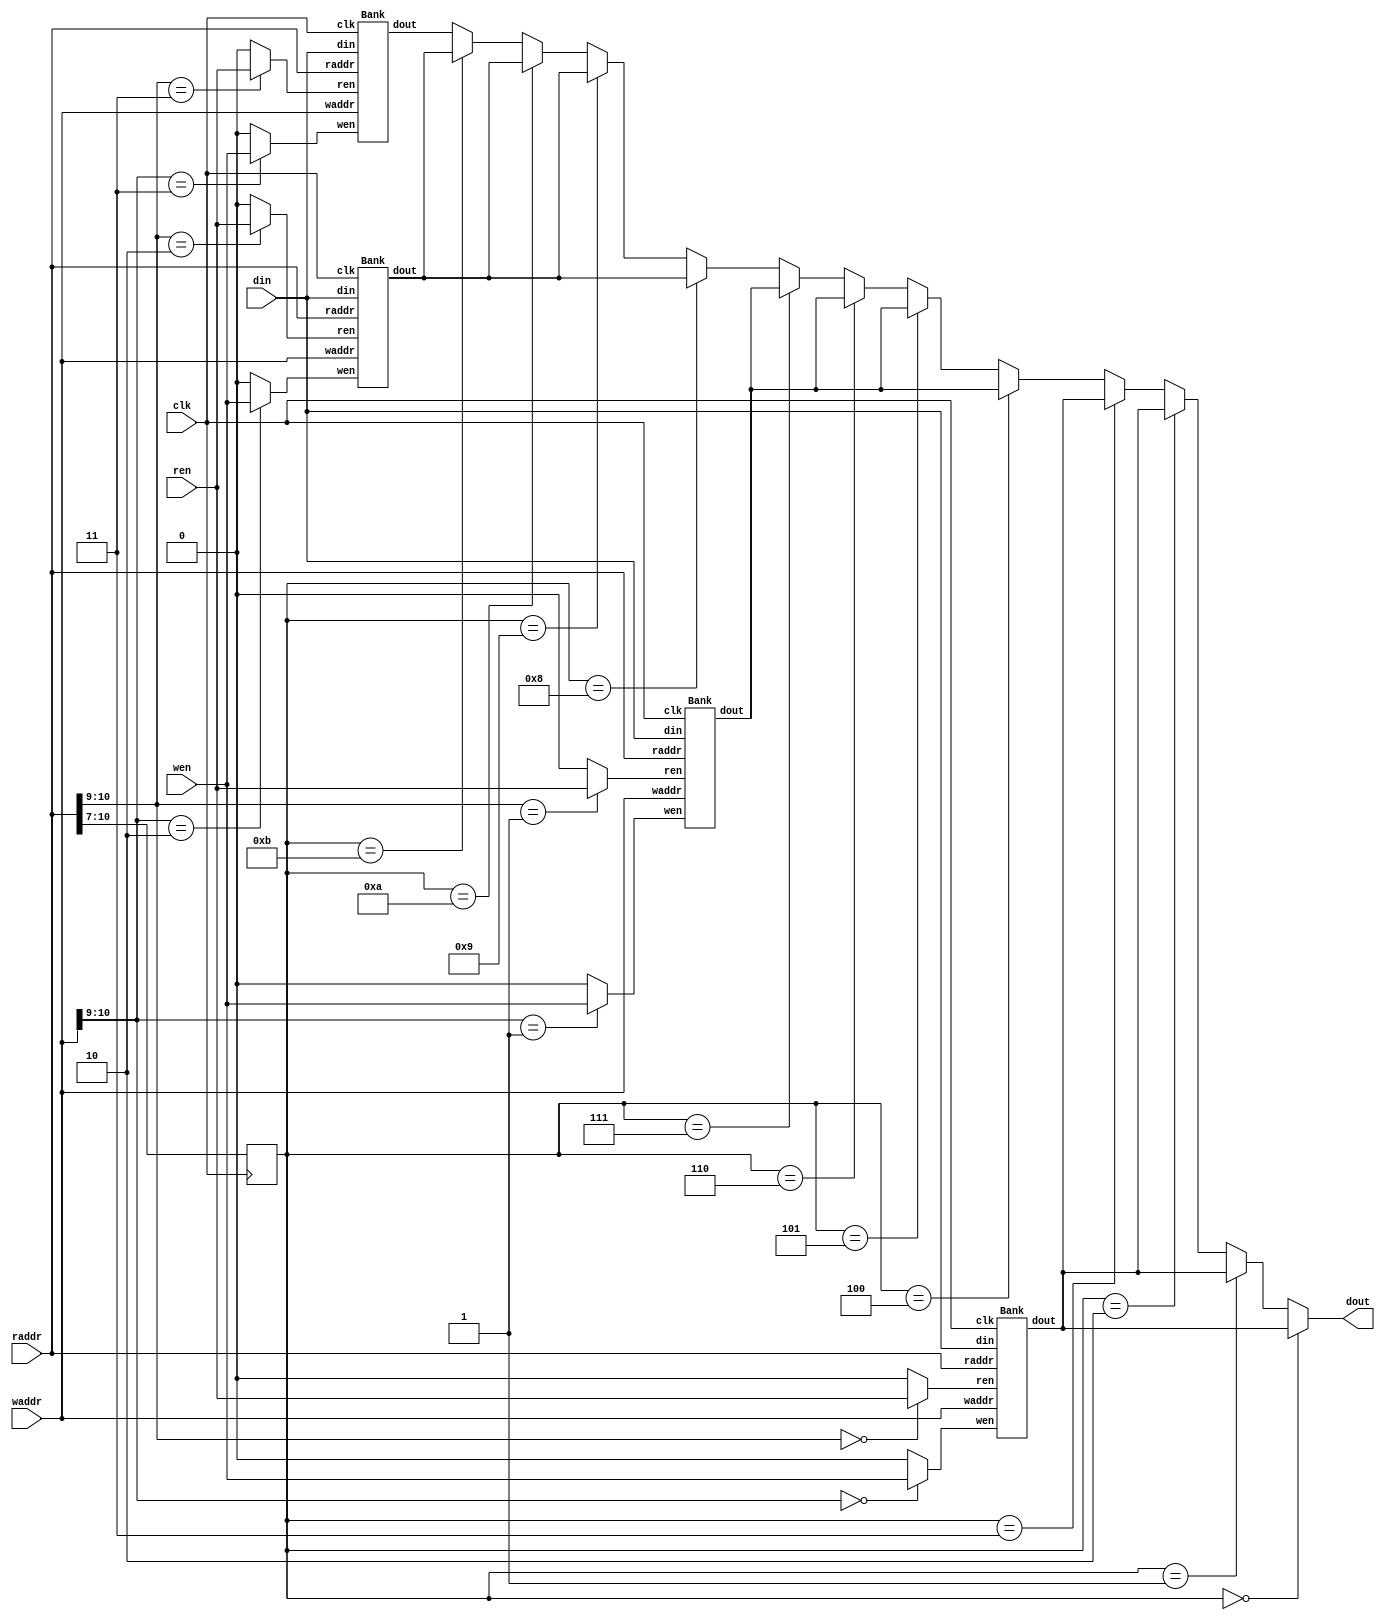
`timescale 1ns/1ps

module Multi_Bank_Memory (clk, ren, wen, waddr, raddr, din, dout);
input clk;
input ren, wen;
input [10:0] waddr;
input [10:0] raddr;
input [7:0] din;
output [7:0] dout;
//
reg [3:0] rbaddr;
wire [6:0] wback;
wire [6:0] rback;
assign wback = waddr[6:0];
assign rback = raddr[6:0];
wire [6:0] addr[15:0];
wire [7:0] doutt0;wire [7:0] doutt1;wire [7:0] doutt2;wire [7:0] doutt3;
wire [3:0] r;
wire [3:0] w;
//alwaysv rbaddr
Bank b0(clk, r[0], w[0], raddr, waddr, din, doutt0);
Bank b1(clk, r[1], w[1], raddr, waddr, din, doutt1);
Bank b2(clk, r[2], w[2], raddr, waddr, din, doutt2);
Bank b3(clk, r[3], w[3], raddr, waddr, din, doutt3);
always@(posedge clk)begin
    rbaddr <= raddr[10:7];
end
//
assign dout = rbaddr==4'b0000 ? doutt0 :
rbaddr==4'b0001 ? doutt0:
rbaddr==4'b0010 ? doutt0:
rbaddr==4'b0011 ? doutt0:
rbaddr==4'b0100 ? doutt1:
rbaddr==4'b0101 ? doutt1:
rbaddr==4'b0110 ? doutt1:
rbaddr==4'b0111 ? doutt1:
rbaddr==4'b1000 ? doutt2:
rbaddr==4'b1001 ? doutt2:
rbaddr==4'b1010 ? doutt2:
rbaddr==4'b1011 ? doutt2:
rbaddr==4'b1100 ? doutt3:
rbaddr==4'b1101 ? doutt3:
rbaddr==4'b1110 ? doutt3:
doutt3 ;
assign r[0] = raddr[10:9]==2'b00 ? ren:0;
assign r[1] = raddr[10:9]==2'b01 ? ren:0;
assign r[2] = raddr[10:9]==2'b10 ? ren:0;
assign r[3] = raddr[10:9]==2'b11 ? ren:0;

assign w[0] = waddr[10:9]==2'b00 ? wen:0;
assign w[1] = waddr[10:9]==2'b01 ? wen:0;
assign w[2] = waddr[10:9]==2'b10 ? wen:0;
assign w[3] = waddr[10:9]==2'b11 ? wen:0;

endmodule

///////////////////////

module Bank(clk, ren, wen, raddr, waddr, din, dout);
input clk; input ren, wen; input [10:0] raddr, waddr; input [7:0] din; output[7:0] dout;
wire [7:0] doutt0;wire [7:0] doutt1;wire [7:0] doutt2;wire [7:0] doutt3;
wire [3:0]r,w;
assign r[0] = raddr[8:7]==2'b00 ? ren:0;
assign r[1] = raddr[8:7]==2'b01 ? ren:0;
assign r[2] = raddr[8:7]==2'b10 ? ren:0;
assign r[3] = raddr[8:7]==2'b11 ? ren:0;

assign w[0] = waddr[8:7]==4'b00 ? wen:0;
assign w[1] = waddr[8:7]==4'b01 ? wen:0;
assign w[2] = waddr[8:7]==4'b10 ? wen:0;
assign w[3] = waddr[8:7]==4'b11 ? wen:0;
///
wire nothing;
wire [6:0] addr[3:0];
assign addr[0] = ((waddr[8:7]!= 4'b00||~wen)&&(raddr[8:7]!=4'b00||~ren)) ? nothing: ren? raddr[6:0]:waddr[6:0];
assign addr[1] = ((waddr[8:7]!= 4'b01||~wen)&&(raddr[8:7]!=4'b01||~ren)) ? nothing: ren? raddr[6:0]:waddr[6:0];
assign addr[2] = ((waddr[8:7]!= 4'b10||~wen)&&(raddr[8:7]!=4'b10||~ren)) ? nothing: ren? raddr[6:0]:waddr[6:0];
assign addr[3] = ((waddr[8:7]!= 4'b11||~wen)&&(raddr[8:7]!=4'b11||~ren)) ? nothing: ren? raddr[6:0]:waddr[6:0];

Memory s0(clk, r[0], w[0], addr[0], din, doutt0);
Memory s1(clk, r[1],w[1], addr[1], din, doutt1);
Memory s2(clk, r[2], w[2], addr[2], din, doutt2);
Memory s3(clk, r[3],w[3], addr[3], din, doutt3);

reg [1:0]fff;
always@(posedge clk)begin
    fff <= raddr[8:7];
end

assign dout = fff==2'b00 ? doutt0 :
fff==2'b01 ? doutt1:
fff==2'b10 ? doutt2:
doutt3;

endmodule


module Memory (clk, ren, wen, addr, din, dout);
input clk;
input ren, wen;
input [6:0] addr;
input [7:0] din;
output reg [7:0] dout;

reg [7:0] mem [127:0];

 always @(posedge clk)
    if(wen && !ren) mem[addr] <= din;
     
 always @(posedge clk)
 begin
     if(ren == 1'b1) dout <= mem[addr];
     else dout <= 8'b00000000;
 end  
endmodule